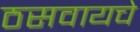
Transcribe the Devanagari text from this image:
ठसवायचे